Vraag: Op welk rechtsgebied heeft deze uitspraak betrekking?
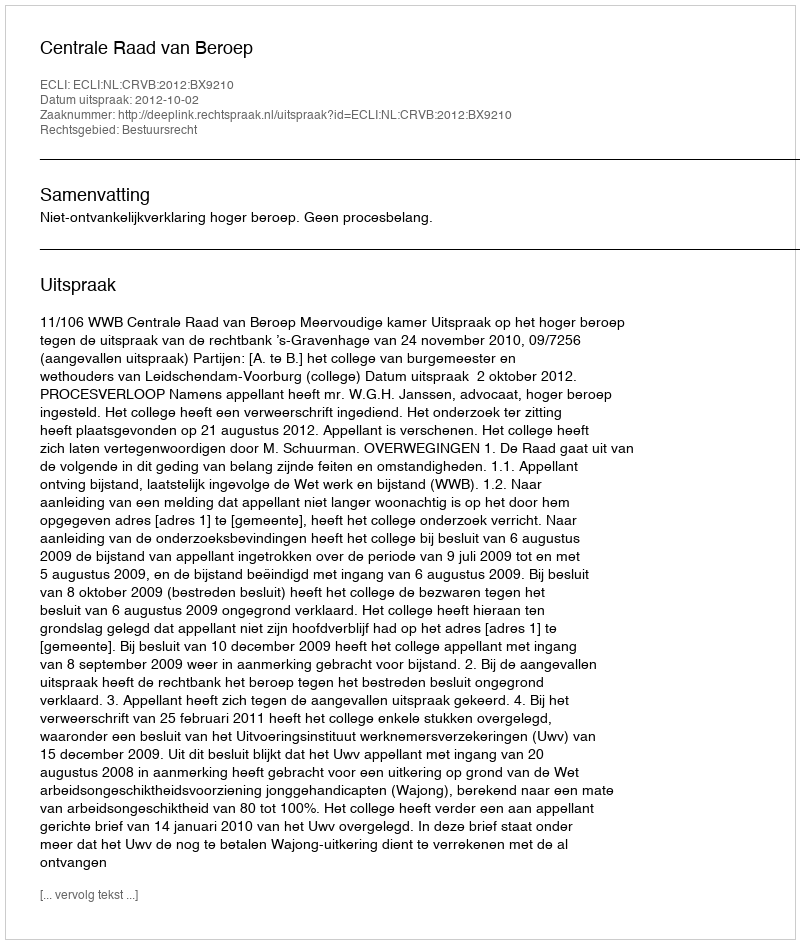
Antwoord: Bestuursrecht